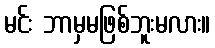
မင်း ဘာမှမဖြစ်ဘူးမလား။